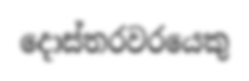
දොස්තරවරයෙකු